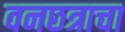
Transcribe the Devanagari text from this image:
वनछत्राचा